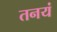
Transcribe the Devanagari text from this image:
तनयं